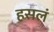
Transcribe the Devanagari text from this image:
हसलं